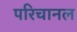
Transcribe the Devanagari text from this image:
परिचानल